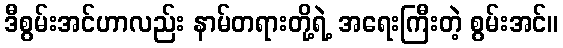
ဒီစွမ်းအင်ဟာလည်း နာမ်တရားတို့ရဲ့ အရေးကြီးတဲ့ စွမ်းအင်။